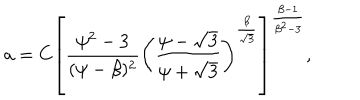
LaTeX: a = C \left[ \frac { \psi ^ { 2 } - 3 } { ( \psi - \beta ) ^ { 2 } } \left( \frac { \psi - \sqrt 3 } { \psi + \sqrt 3 } \right) ^ { \frac { \beta } { \sqrt 3 } } \right] ^ { \frac { \beta - 1 } { \beta ^ { 2 } - 3 } } ,